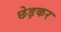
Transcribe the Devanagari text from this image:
छेड़कर